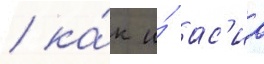
/ ка́к и́ ас'иа